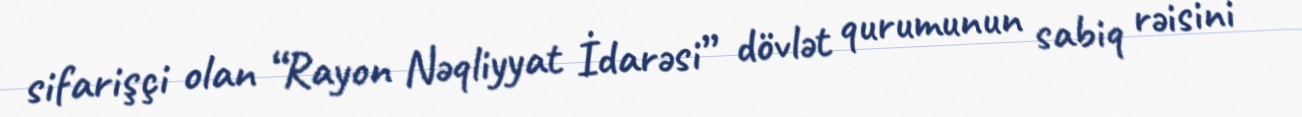
sifarişçi olan “Rayon Nəqliyyat İdarəsi” dövlət qurumunun sabiq rəisini